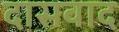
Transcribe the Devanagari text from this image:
दासवाद